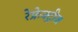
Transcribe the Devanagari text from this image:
रेफ्रेक्ट्रीज